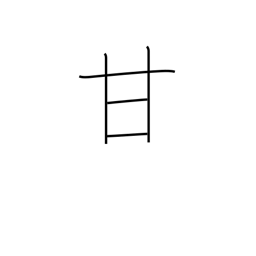
Meaning: pamper